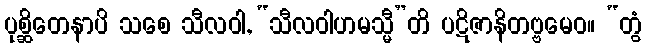
ပုစ္ဆိတေနာပိ သစေ သီလဝါ, “သီလဝါဟမသ္မီ”တိ ပဋိဇာနိတဗ္ဗမေဝ။ “တွံ